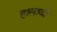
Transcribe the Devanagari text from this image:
हालाजी